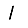
Digit: 1